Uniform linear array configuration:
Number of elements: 32
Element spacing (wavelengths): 0.5
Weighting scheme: kaiser
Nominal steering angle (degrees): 30
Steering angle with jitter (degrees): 30.202
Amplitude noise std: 0.05
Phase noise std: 0.05

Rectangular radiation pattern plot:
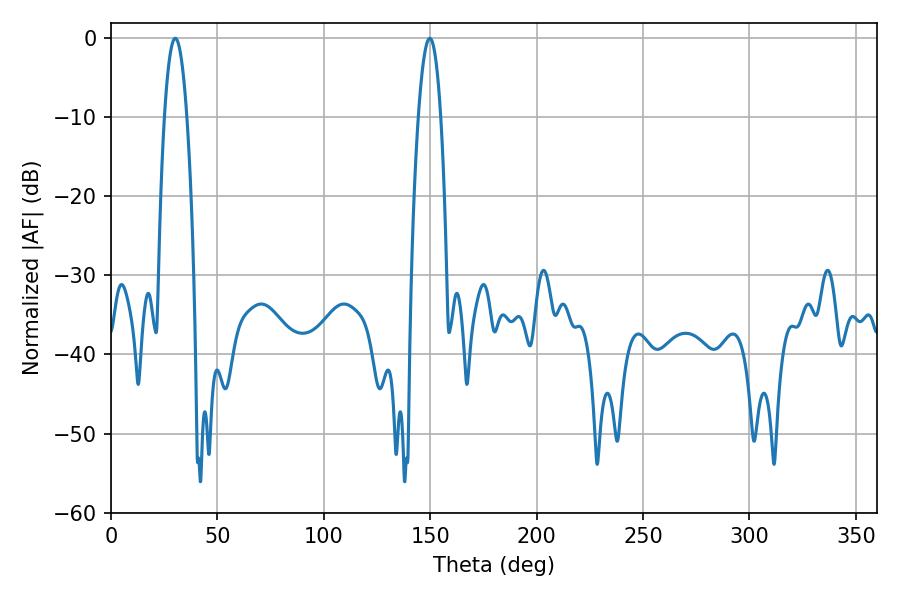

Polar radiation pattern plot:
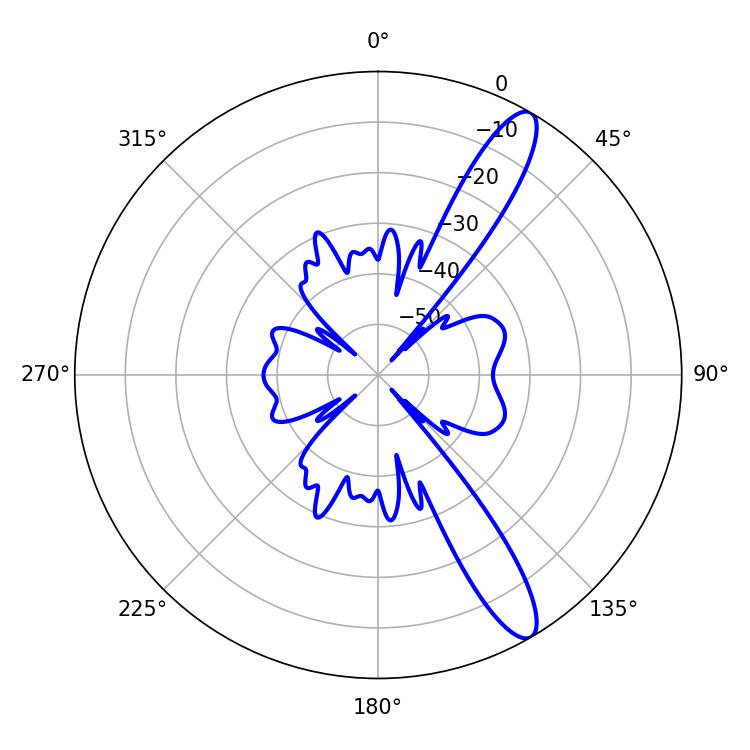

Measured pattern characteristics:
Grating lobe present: FALSE
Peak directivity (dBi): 12.584
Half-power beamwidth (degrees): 5.76
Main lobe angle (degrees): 30.24